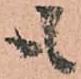
も